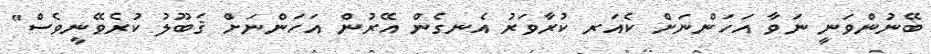
ބޭނުންވަނީ ނަވާ އަހަންނަށް ކެއަރ ކުރާވަރު އެނގެން އޭރުން އަހަންނަށް ޤަބޫލު ކުރެވޭނީވެސް"